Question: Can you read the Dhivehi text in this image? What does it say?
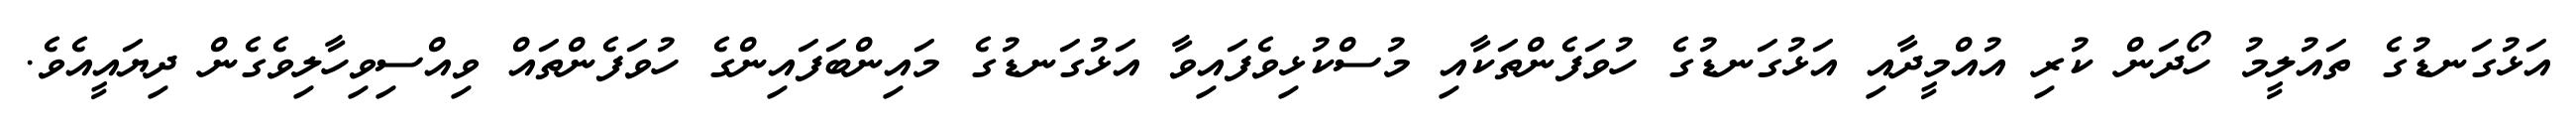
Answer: އަޅުގަނޑުގެ ތައުލީމު ހޯދަން ކުރި އުއްމީދާއި އަޅުގަނޑުގެ ހުވަފެންތަކާއި މުސްކުޅިވެފައިވާ އަޅުގަނޑުގެ މައިންބަފައިންގެ ހުވަފެންތައް ވިއްސިވިހާލިވެގެން ދިޔައީއެވެ.